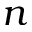
n